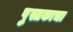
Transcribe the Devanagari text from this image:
पु्स्तकाचा